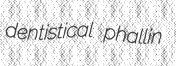
dentistical phallin